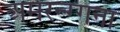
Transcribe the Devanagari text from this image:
अमरन्ग्गना